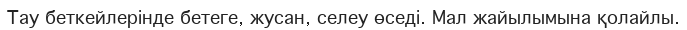
Тау беткейлерінде бетеге, жусан, селеу өседі. Мал жайылымына қолайлы.